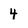
Character: 4